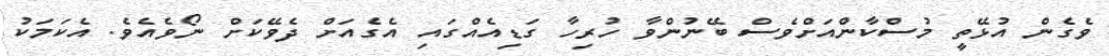
ވެގެން އުޅޭތީ މުސްކާންއަށްވެސް ބޭނުންވާ ހުރިހާ ގަޑިއެއްގައި އެގެއަށް ދެވޭކަށް ނޯވެއެވެ. އެކަމަކު